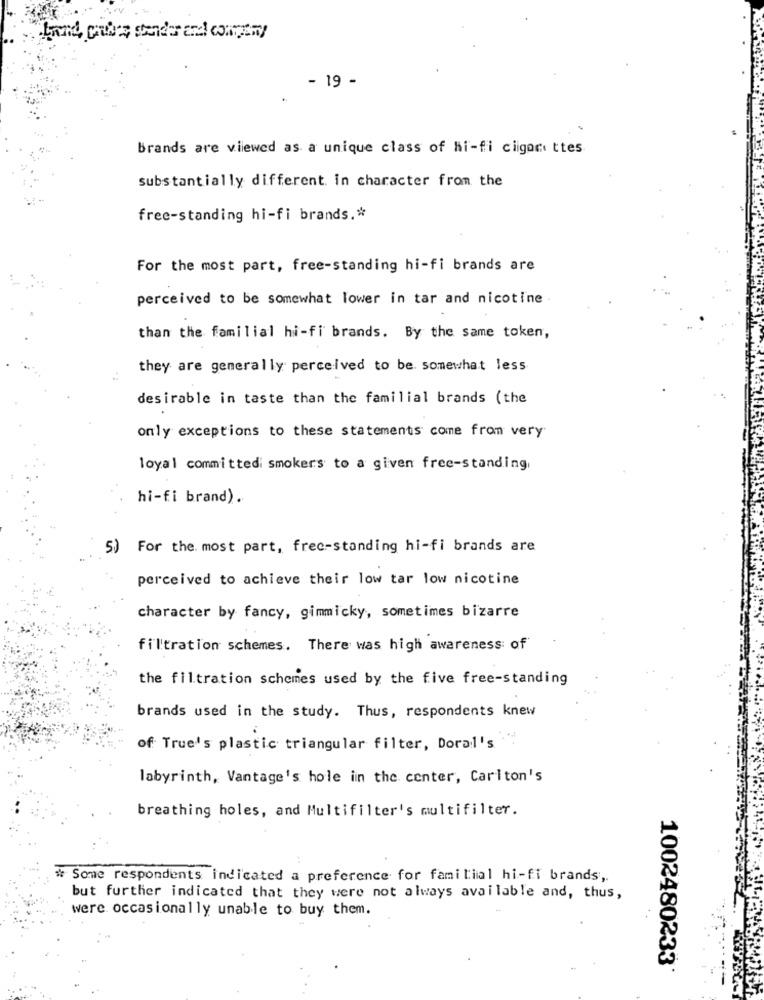
- 19 -
Brands are viewed as a unique class of hi-fi ciigor ttes
substantially different. in character from the
free-standing hi-fi brands .*
For the most part, free-standing hi-fi brands are
perceived to be somewhat lower in tar and nicotine
than the familial hi-fi brands. By the same token,
they are generally perceived to be. somewhat less
desirable in taste than the familial brands (the
only exceptions to these statements come from very
loyal committedi smokers to a given free-standing,
hi-fi brand).
5) For the. most part, free-standing hi-fi brands are
perceived to achieve their low tar low nicotine
character by fancy, gimmicky, sometimes bizarre
filtration schemes. There was high awareness of
the filtration schemes used by the five free-standing
brands used in the study. Thus, respondents knew
of True's plastic triangular filter, Doral's
labyrinth, Vantage's hole in the center, Carlton's
breathing holes, and Multifilter's multifilter.
# Some respondents indicated a preference for familial hi-fi brands,
but further indicated that they were not always available and, thus,
were occasionally unable to buy them.
1002480233